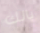
يالك